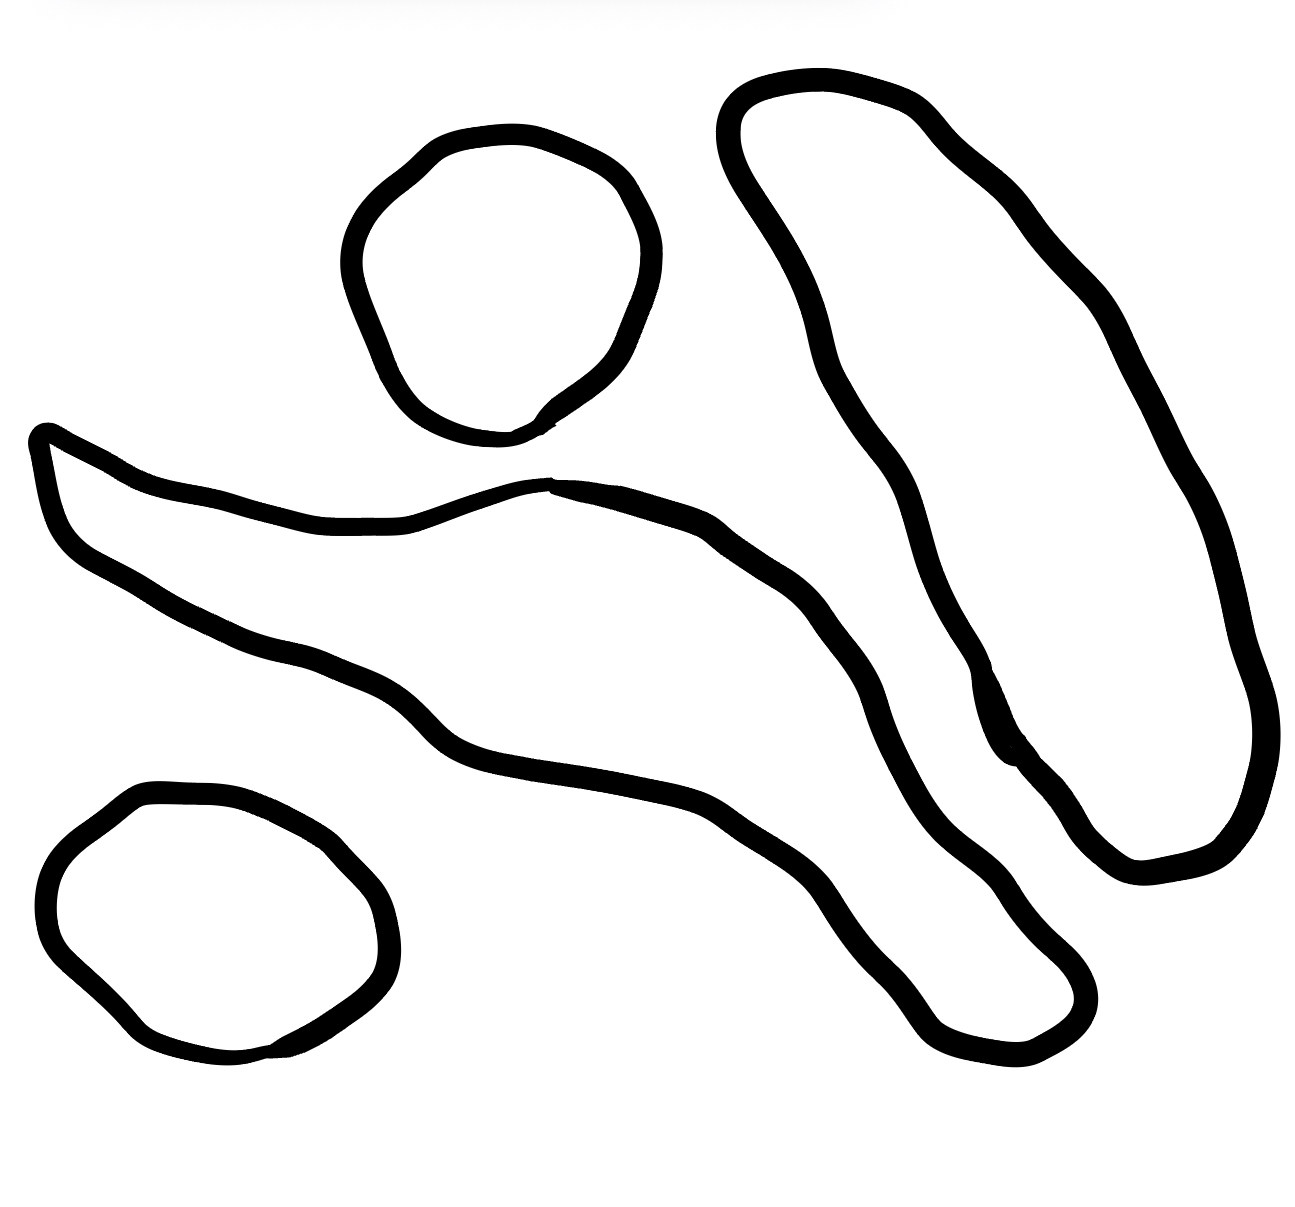
Number of regions (including the outer root region): 5
Containment tree edges (parent, child): 0, 1, 0, 2, 0, 3, 0, 4